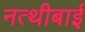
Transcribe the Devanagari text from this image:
नत्थीबाई